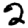
Digit: 2